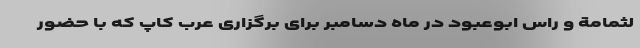
لثمامة و راس ابوعبود در ماه دسامبر برای برگزاری عرب کاپ که با حضور